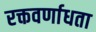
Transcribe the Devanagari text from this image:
रक्तवर्णाधता